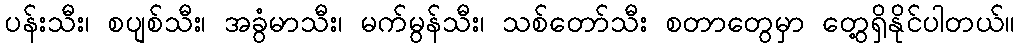
ပန်းသီး၊ စပျစ်သီး၊ အခွံမာသီး၊ မက်မွန်သီး၊ သစ်တော်သီး စတာတွေမှာ တွေ့ရှိနိုင်ပါတယ်။